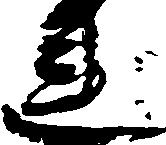
連